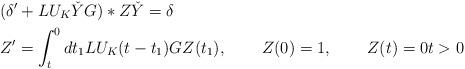
LaTeX: \begin{align*} &( \delta '+ LU_K\check{Y}G)*Z\check{Y}=\delta\\ &Z'=\int_t^0 dt_1 LU_K(t-t_1)G Z(t_1),& Z(0)&=1, & Z(t)&=0t>0\end{align*}